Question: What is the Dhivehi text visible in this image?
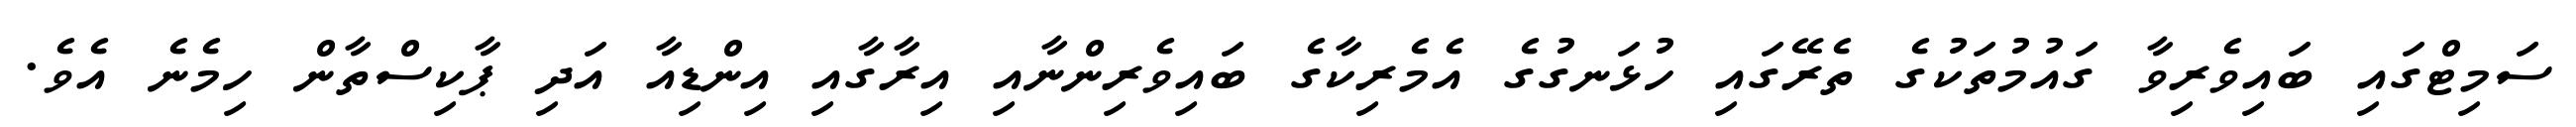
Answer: ސަމިޓްގައި ބައިވެރިވާ ގައުމުތަކުގެ ތެރޭގައި ހުޅަނގުގެ އެމެރިކާގެ ބައިވެރިންނާއި އިރާގާއި އިންޑިއާ އަދި ޕާކިސްތާން ހިމެނެ އެވެ.